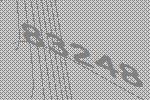
83248